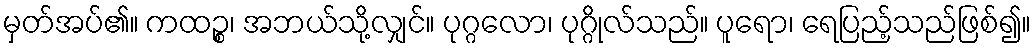
မှတ်အပ်၏။ ကထဉ္စ၊ အဘယ်သို့လျှင်။ ပုဂ္ဂလော၊ ပုဂ္ဂိုလ်သည်။ ပူရော၊ ရေပြည့်သည်ဖြစ်၍။